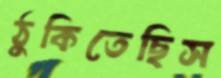
ঠুকিতেছিস